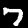
Label: 7